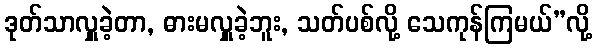
ဒုတ်သာလှူခဲ့တာ, ဓားမလှူခဲ့ဘူး, သတ်ပစ်လို့ သေကုန်ကြမယ်”လို့